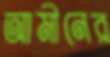
আমীনের